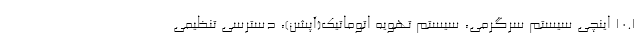
10.1 اینچی سیستم سرگرمی، سیستم تهویه اتوماتیک(آپشن)، دسترسی تنظیمی